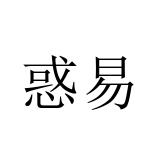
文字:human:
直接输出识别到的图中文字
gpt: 惑易